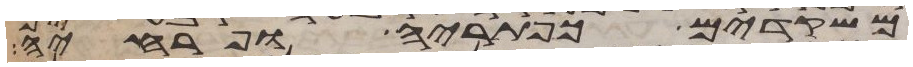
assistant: משקדים כפתריה ופרחיה